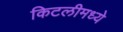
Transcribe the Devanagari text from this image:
किटलीमध्ये